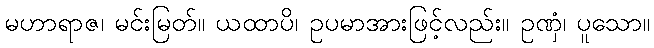
မဟာရာဇ၊ မင်းမြတ်။ ယထာပိ၊ ဥပမာအားဖြင့်လည်း။ ဥဏှံ၊ ပူသော။